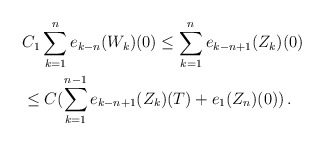
\begin{align*}& C_1 \sum_{k=1}^n e_{k-n}(W_k)(0) \le \sum_{k=1}^n e_{k-n+1}(Z_k)(0) \\& \le C (\sum_{k=1}^{n-1} e_{k-n+1}(Z_k)(T) + e_1(Z_n)(0)) \,.\end{align*}